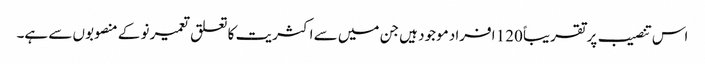
اس تنصیب پر تقریباً 120 افراد موجود ہیں جن میں سے اکثریت کا تعلق تعمیر نو کے منصوبوں سے ہے۔